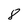
Character: 8